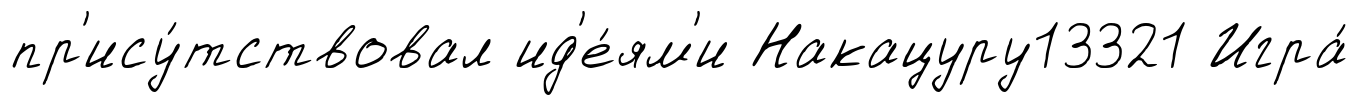
пр'ису́тствовал ид'е́ям'и Накацуру13321 Игра́